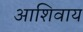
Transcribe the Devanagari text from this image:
आशिवाय